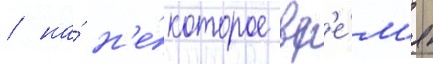
/ на́ н'е́которое вр'е́м'я